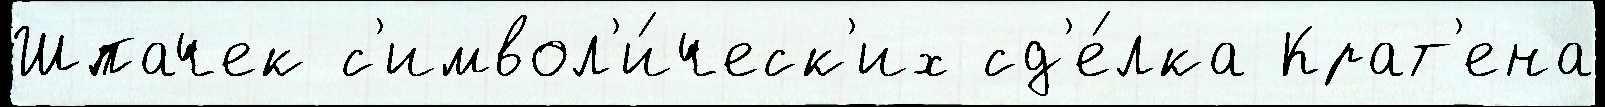
Шпачек с'имвол'и́ческ'их сд'е́лка Крат'ена